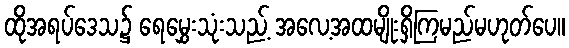
ထိုအရပ်ဒေသ၌ ရေမွှေးသုံးသည့် အလေ့အထမျိုးရှိကြမည်မဟုတ်ပေ။